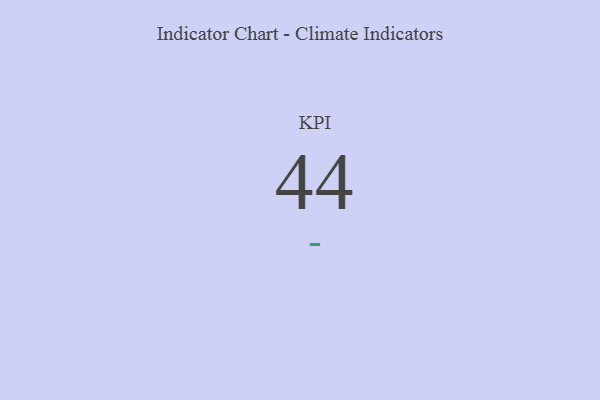
{"axis": {"x": "KPI", "y": "Value"}, "legend": [""], "data": [{"x": "KPI", "y": 44, "type": ""}]}